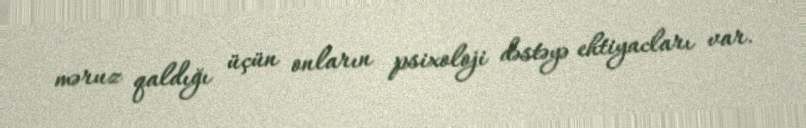
məruz qaldığı üçün onların psixoloji dəstəyə ehtiyacları var.